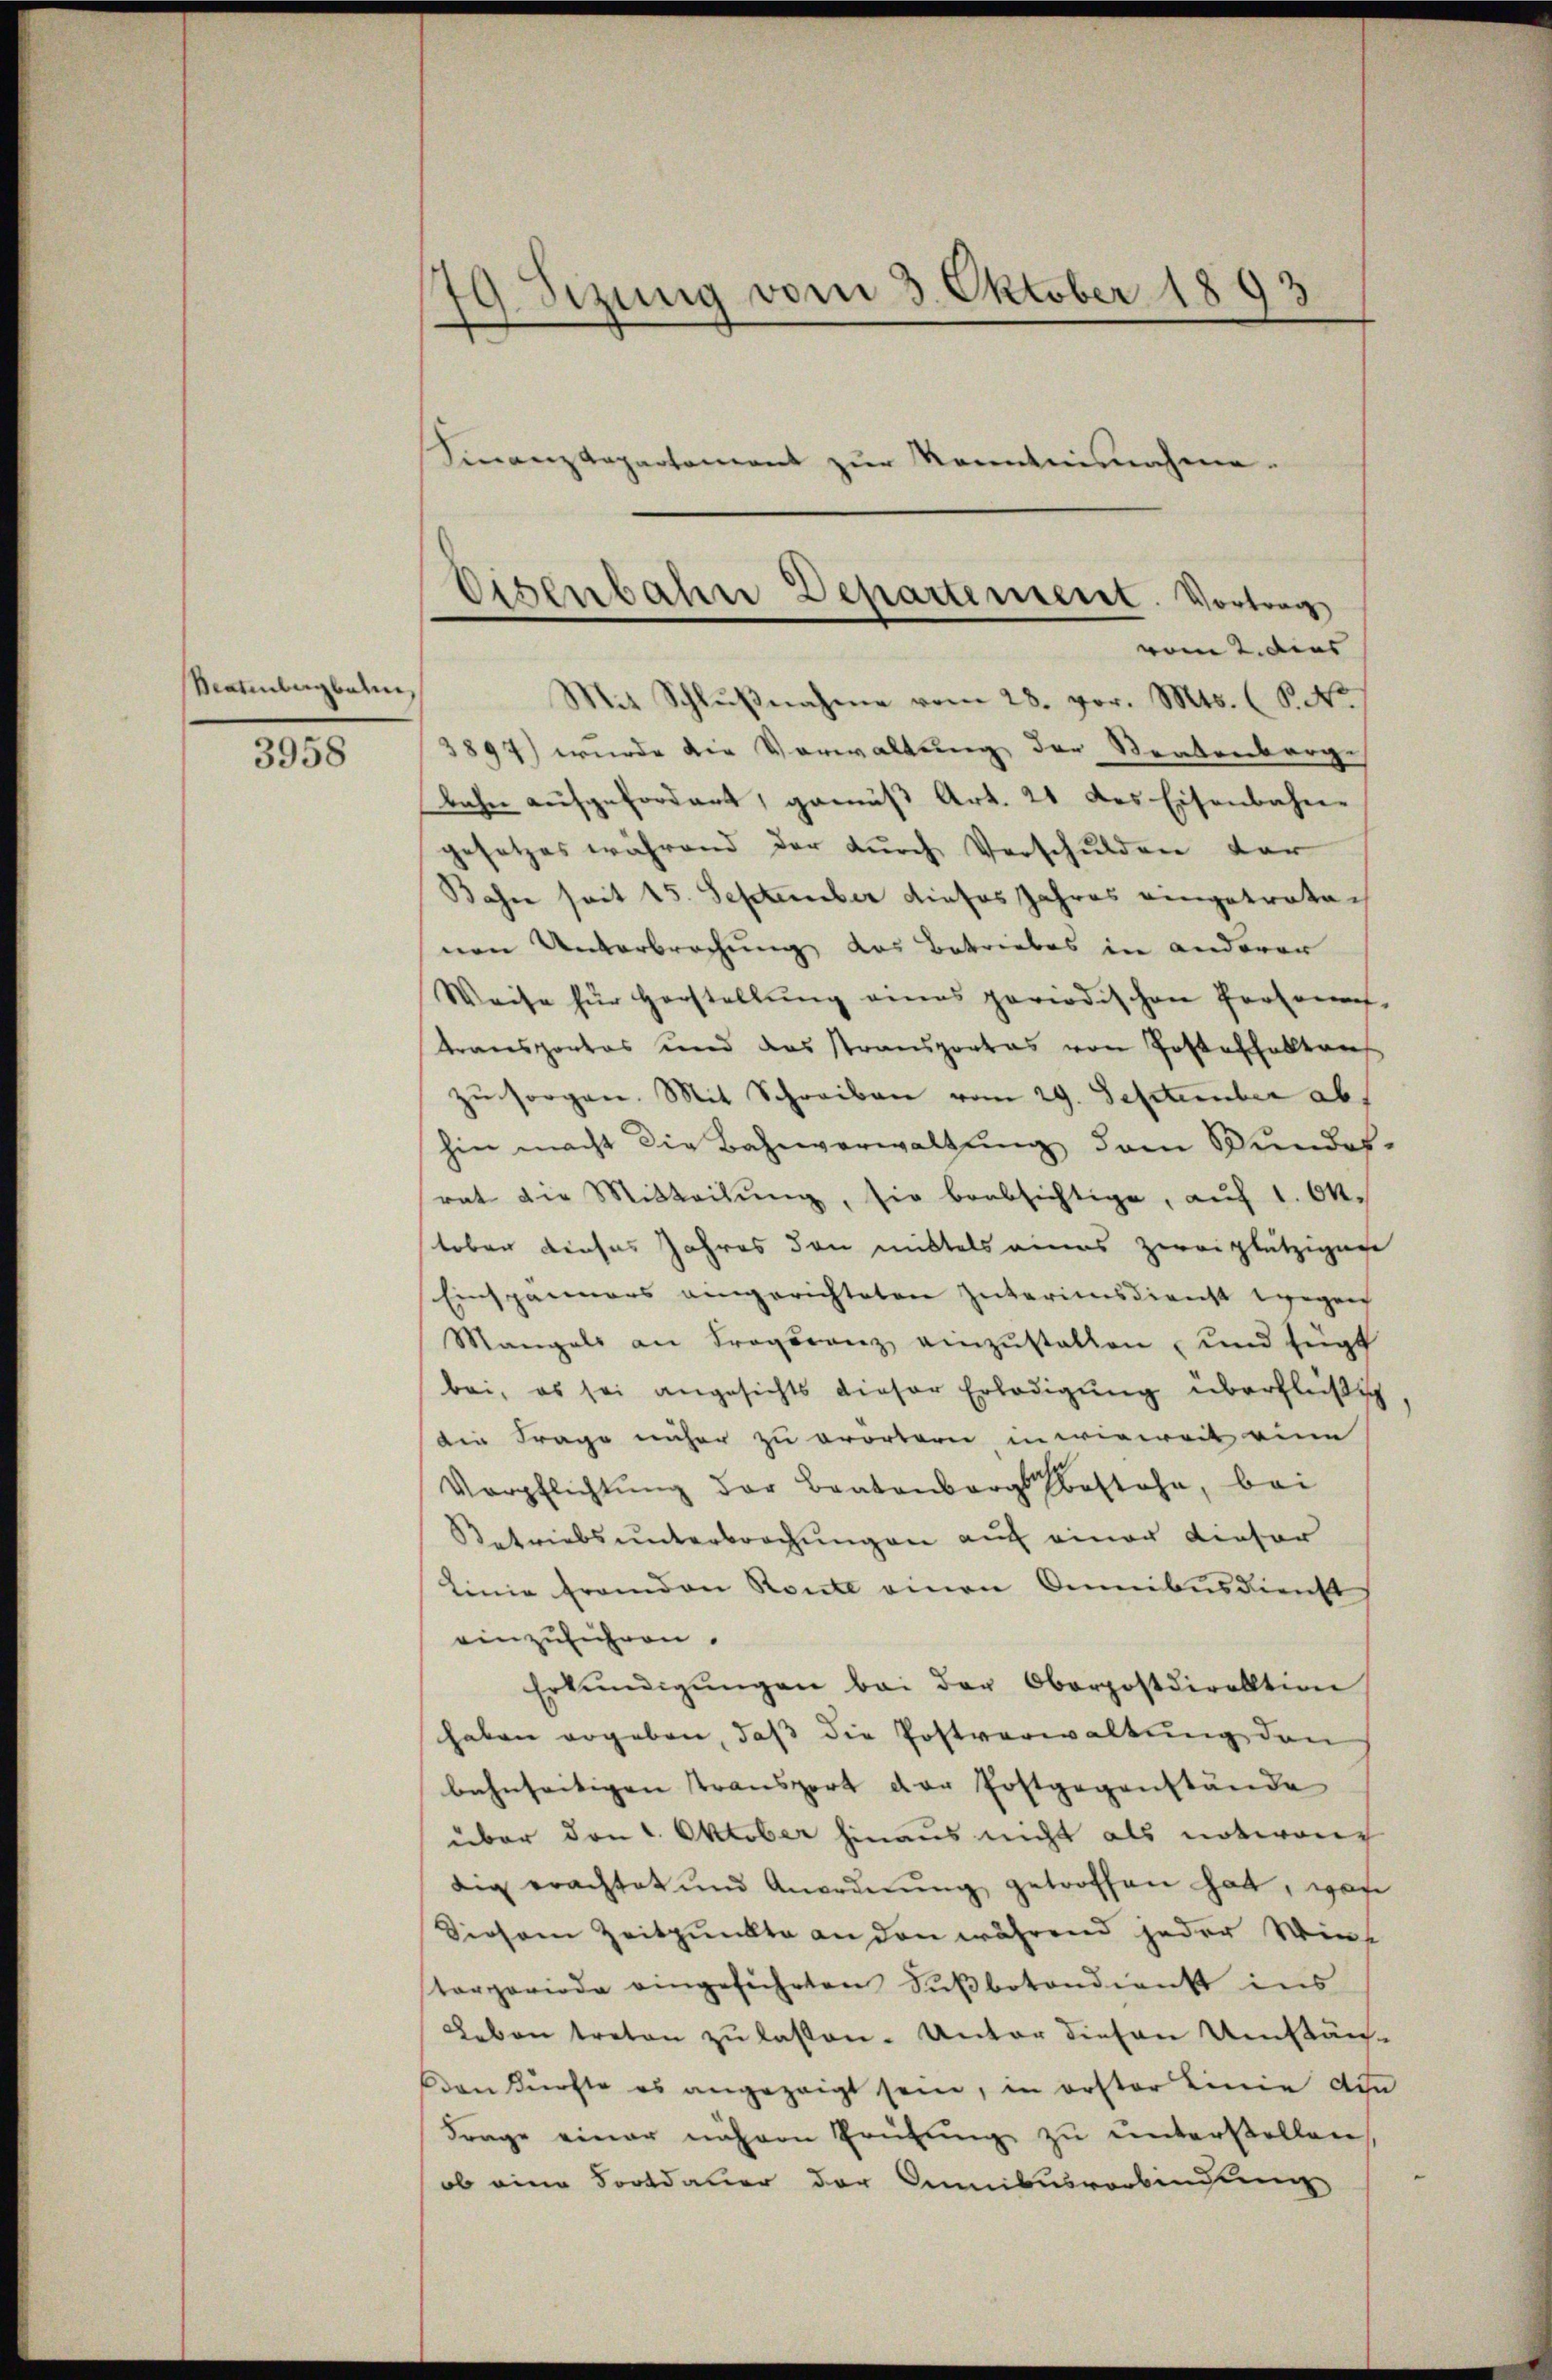
Beatenbergbahn,

3958

19. Sezung vom 3. Oktober 1893
Finanzkapartement zur Kenntnisnahme.

.
ŭβnahme vom 28. vor. Mts. (T. K.
3897) wurde die Vorwaltung der Sentenberge
bahn aufgefordert, gemäß Art. 21 des Eisenbahn-
gesetzes während der durch Verschulden der
Bahn seit 15. September dieses Jahres eingetreten
nen Unterbrechung das Betriebes in anderer
Weise für Herstellŭng eines periodischen Personnes-
transportas und das Stransportas von Posterhalten
zŭ sorgen. Mit Schreiben vom 29. September ab
hin macht die Bahnverwaltung dem Bundes-
rat die Mitteilŭng, sie beabsichtige, auf 1. Okt.
teber dieses Jahres den mittels eines Zweiplätzigene
Einspänners angerichteten Zuterimsdienst wegen
Mangels an Proporanz einzustellen und fügt
bei, es sei angesichts dieser Erledigung überflüßig
die Frage näher zu orortern in wieweit eine
Verpflichtung der Bratenbergestehe, bei
Retriebsunterbrechungen auf einer Kieser
Linie fremden Rente einen Omnibusdienst
einzuführen.
Erkŭndigŭngen bei der Oberpostdirektion
haben ergeben, daß die Postverwaltung den
bahnseitigen Transport der Erstgegenstände
über den 1. Oktober hinaus nicht als notwenig
dig erachtet und Anordnŭng getroffen hat, was
Diesem Zeitpunkte an den während jeder Wint
tarporiode eingeführten Fußbotondienst ins
Leben treten zu lassen. Unter diesen Umstän¬
Dan dürfte es angezeigt sein, in erster Linie die
Frage einer nähern Prüfŭng zu unterstellen
ob eine Fortdauer der Amnibusverbindung

Eisenbahne Departement. Vortrag
vom 2. dies |